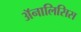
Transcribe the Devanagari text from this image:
अॅनालिसिस